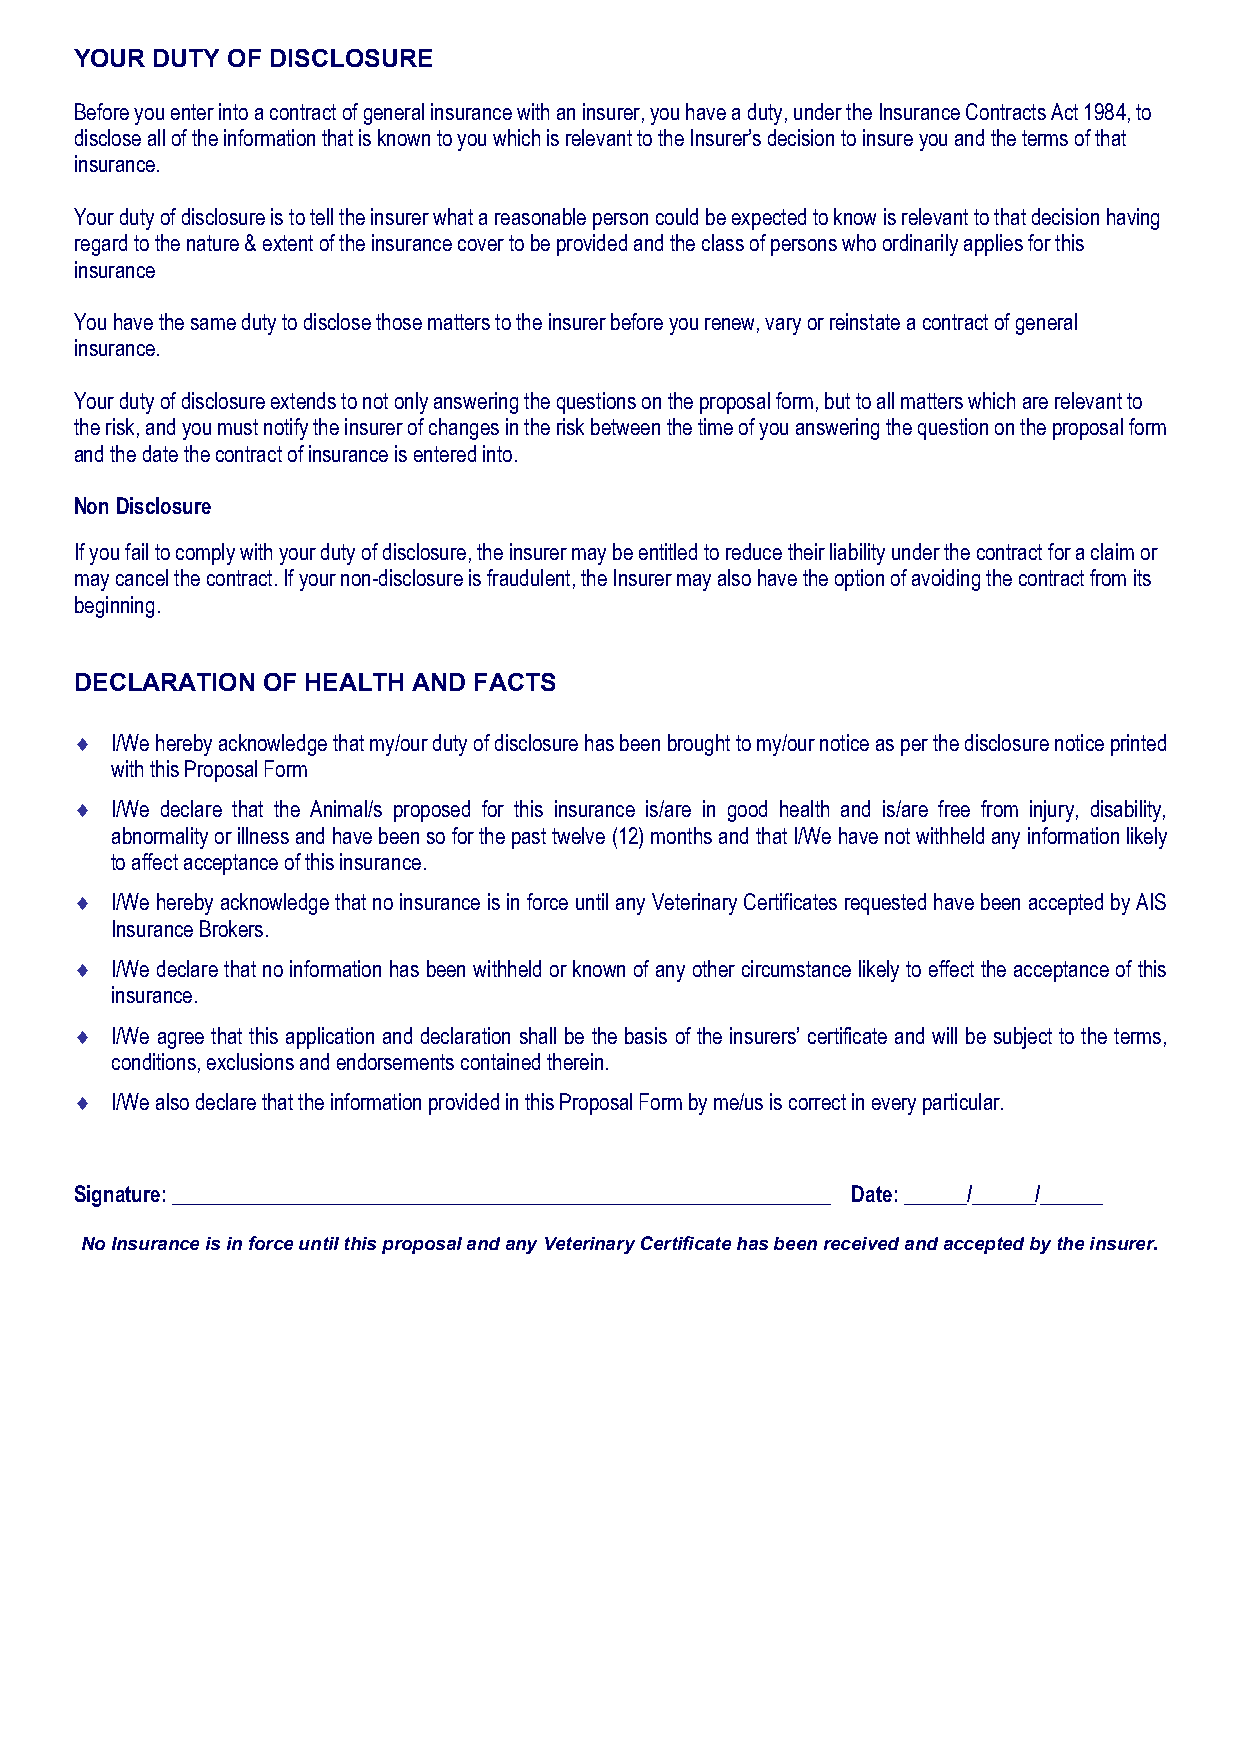
YOUR DUTY OF DISCLOSURE
 Before you enter into a contract of general insurance with an insurer, you have a duty, under the Insurance Contracts Act 1984, to
 disclose all of the information that is known to you which is relevant to the Insurer’s decision to insure you and the terms of that
 insurance.
 Your duty of disclosure is to tell the insurer what a reasonable person could be expected to know is relevant to that decision having
 regard to the nature & extent of the insurance cover to be provided and the class of persons who ordinarily applies for this
 insurance
 You have the same duty to disclose those matters to the insurer before you renew, vary or reinstate a contract of general
 insurance.
 Your duty of disclosure extends to not only answering the questions on the proposal form, but to all matters which are relevant to
 the risk, and you must notify the insurer of changes in the risk between the time of you answering the question on the proposal form
 and the date the contract of insurance is entered into.
 Non Disclosure
 If you fail to comply with your duty of disclosure, the insurer may be entitled to reduce their liability under the contract for a claim or
 may cancel the contract. If your non-disclosure is fraudulent, the Insurer may also have the option of avoiding the contract from its
 beginning.
 DECLARATION OF HEALTH AND FACTS
  I/We hereby acknowledge that my/our duty of disclosure has been brought to my/our notice as per the disclosure notice printed
 with this Proposal Form
  I/We declare that the Animal/s proposed for this insurance is/are in good health and is/are free from injury, disability,
 abnormality or illness and have been so for the past twelve (12) months and that I/We have not withheld any information likely
 to affect acceptance of this insurance.
  I/We hereby acknowledge that no insurance is in force until any Veterinary Certificates requested have been accepted by AIS
 Insurance Brokers.
  I/We declare that no information has been withheld or known of any other circumstance likely to effect the acceptance of this
 insurance.
  I/We agree that this application and declaration shall be the basis of the insurers’ certificate and will be subject to the terms,
 conditions, exclusions and endorsements contained therein.
  I/We also declare that the information provided in this Proposal Form by me/us is correct in every particular.
 Signature: _______________________________________________________________ Date: ______/______/______
 No Insurance is in force until this proposal and any Veterinary Certificate has been received and accepted by the insurer.